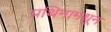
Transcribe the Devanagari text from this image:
प्रथिनामधून